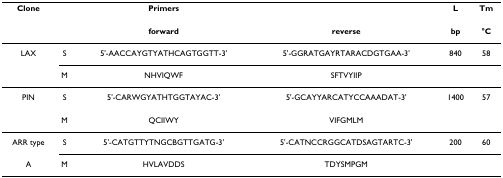
<table><thead><tr><td><b>Clone</b></td><td></td><td><b>Primers</b></td><td></td><td><b>L</b></td><td><b>Tm</b></td></tr></thead><tbody><tr><td></td><td></td><td><b>forward</b></td><td><b>reverse</b></td><td><b>bp</b></td><td><b>°C</b></td></tr><tr><td>LAX</td><td>S</td><td>5&#x27;-AACCAYGTYATHCAGTGGTT-3&#x27;</td><td>5&#x27;-GGRATGAYRTARACDGTGAA-3&#x27;</td><td>840</td><td>58</td></tr><tr><td></td><td>M</td><td>NHVIQWF</td><td>SFTVYIIP</td><td></td><td></td></tr><tr><td>PIN</td><td>S</td><td>5&#x27;-CARWGYATHTGGTAYAC-3&#x27;</td><td>5&#x27;-GCAYYARCATYCCAAADAT-3&#x27;</td><td>1400</td><td>57</td></tr><tr><td></td><td>M</td><td>QCIIWY</td><td>VIFGMLM</td><td></td><td></td></tr><tr><td>ARR type</td><td>S</td><td>5&#x27;-CATGTTYTNGCBGTTGATG-3&#x27;</td><td>5&#x27;-CATNCCRGGCATDSAGTARTC-3&#x27;</td><td>200</td><td>60</td></tr><tr><td>A</td><td>M</td><td>HVLAVDDS</td><td>TDYSMPGM</td><td></td><td></td></tr></tbody></table>